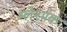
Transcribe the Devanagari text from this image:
श्लेश्मक